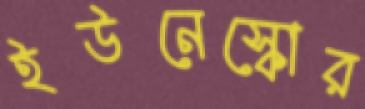
ইউনেস্কোর